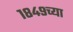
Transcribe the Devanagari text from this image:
१८४९च्या